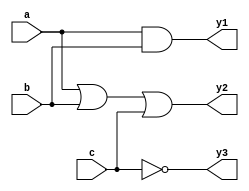
module combinational_logic(
    input wire a,
    input wire b,
    input wire c,
    output reg y1,
    output reg y2,
    output reg y3
);

always @(*) begin
    // Combinational logic assignments
    y1 = a & b;             // AND operation
    y2 = a | b | c;        // OR operation
    y3 = ~c;               // NOT operation
end

endmodule